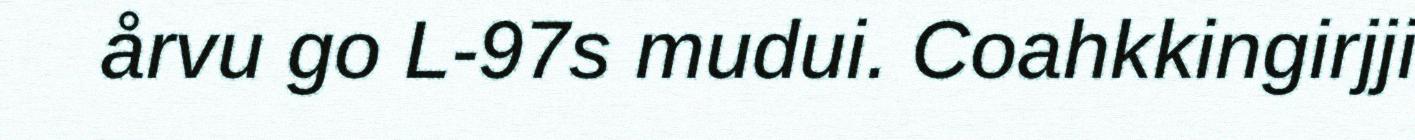
årvu go L-97s mudui. Coahkkingirjji